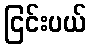
ငြင်းပယ်